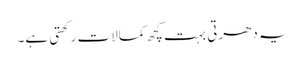
یہ دھرتی بہت کچھ کمالات رکھتی ہے۔